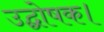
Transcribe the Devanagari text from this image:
उद्घोषक।